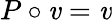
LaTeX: P\circ\mathit{v}=\mathit{v}